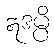
ဣဒမ္ပိ